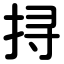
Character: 挦